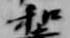
和